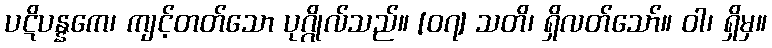
ပဋိပန္နကေ၊ ကျင့်တတ်သော ပုဂ္ဂိုလ်သည်။ [၀၇] သတိ၊ ရှိလတ်သော်။ ဝါ၊ ရှိမှ။